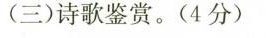
(三)诗歌鉴赏。(4分)